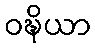
ဝဍ္ဎိယာ